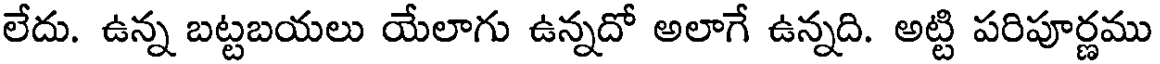
లేదు. ఉన్న బట్టబయలు యేలాగు ఉన్నదో అలాగే ఉన్నది. అట్టి పరిపూర్ణము